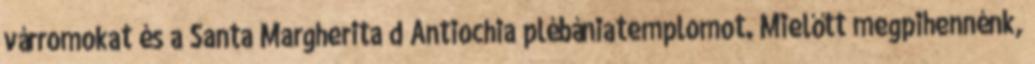
várromokat és a Santa Margherita d’Antiochia plébániatemplomot. Mielőtt megpihennénk,